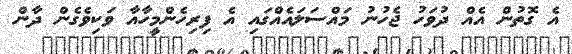
އެ ގޮތުން އެއް ދުވަހު ޖެހުނު މައްސަލައެއްގައި އެ ފިރިހެންމީހާއާ ވަކިވެގެން ދާން